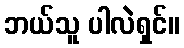
ဘယ်သူ ပါလဲရှင်။